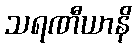
သရဏီယာနိ